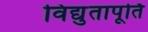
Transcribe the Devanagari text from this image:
विद्युतापूर्ति